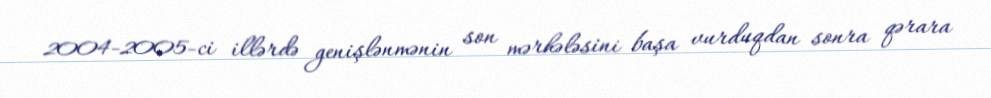
2004-2005-ci illərdə genişlənmənin son mərhələsini başa vurduqdan sonra qərara